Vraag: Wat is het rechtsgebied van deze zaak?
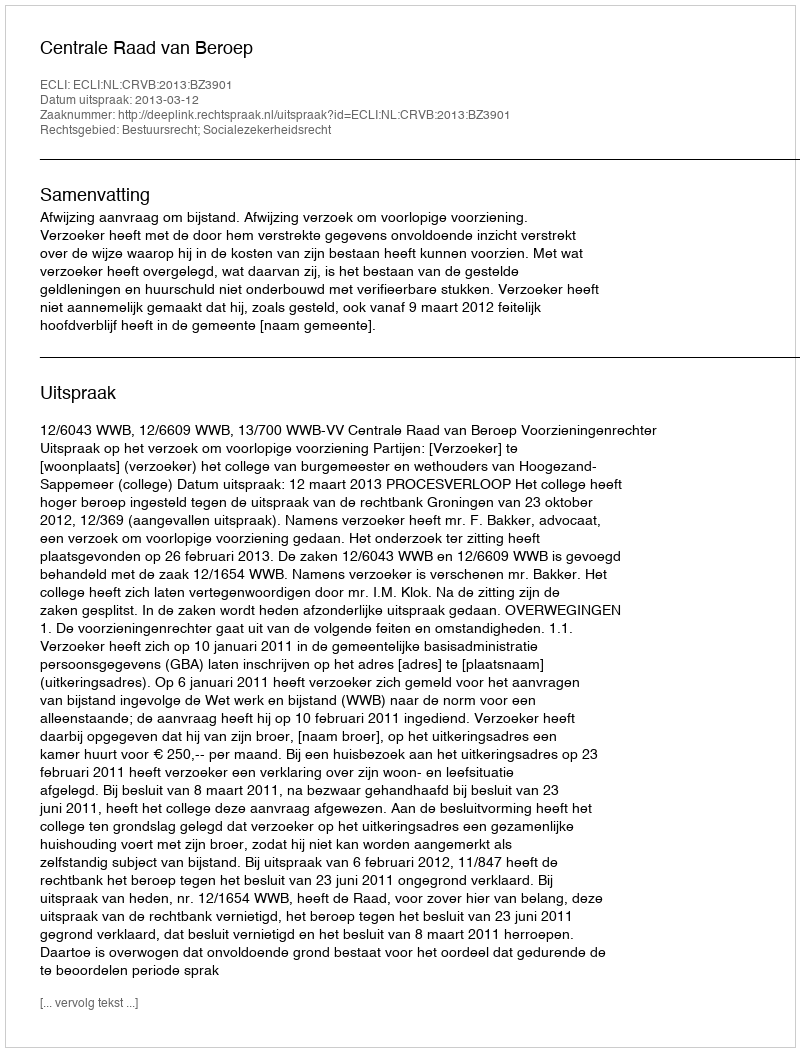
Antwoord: Bestuursrecht; Socialezekerheidsrecht